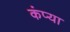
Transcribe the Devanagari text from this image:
कंप्या